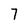
Character: 7